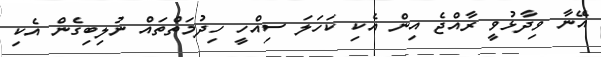
އޭނާ ވިދާޅުވީ ރާއްޖެ އިން އެކި ކަހަލަ ސިއްހީ ހިދުމަތްތައް ނުލިބިގެން އެކި